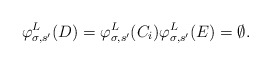
\begin{align*}\varphi^L_{\sigma, s'}(D) = \varphi^L_{\sigma, s'}(C_i) \varphi^L_{\sigma, s'}(E) = \emptyset.\end{align*}